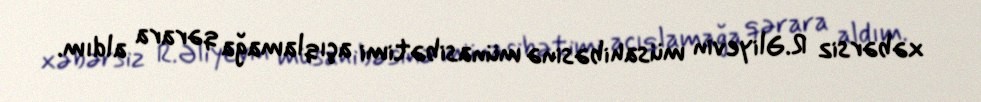
xəbərsiz R.Əliyevin müsahibəsinə münasibətimi açıqlamağa qərara aldım.